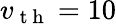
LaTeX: v_{\mathrm{~t~h~}}=10